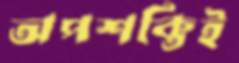
অপশক্তিই